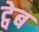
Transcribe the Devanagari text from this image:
ट्वेब